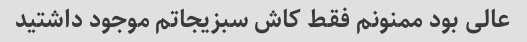
عالی بود ممنونم فقط کاش سبزیجاتم موجود داشتید